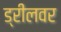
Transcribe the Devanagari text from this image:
ड्रीलवर